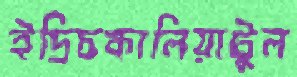
ইদ্রিচকালিয়াটুল